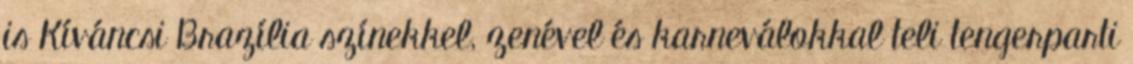
is Kíváncsi Brazília színekkel, zenével és karneválokkal teli tengerparti